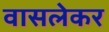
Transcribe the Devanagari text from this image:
वासलेकर